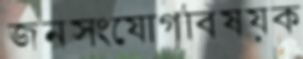
জনসংযোগবিষয়ক